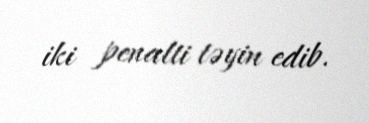
iki penalti təyin edib.